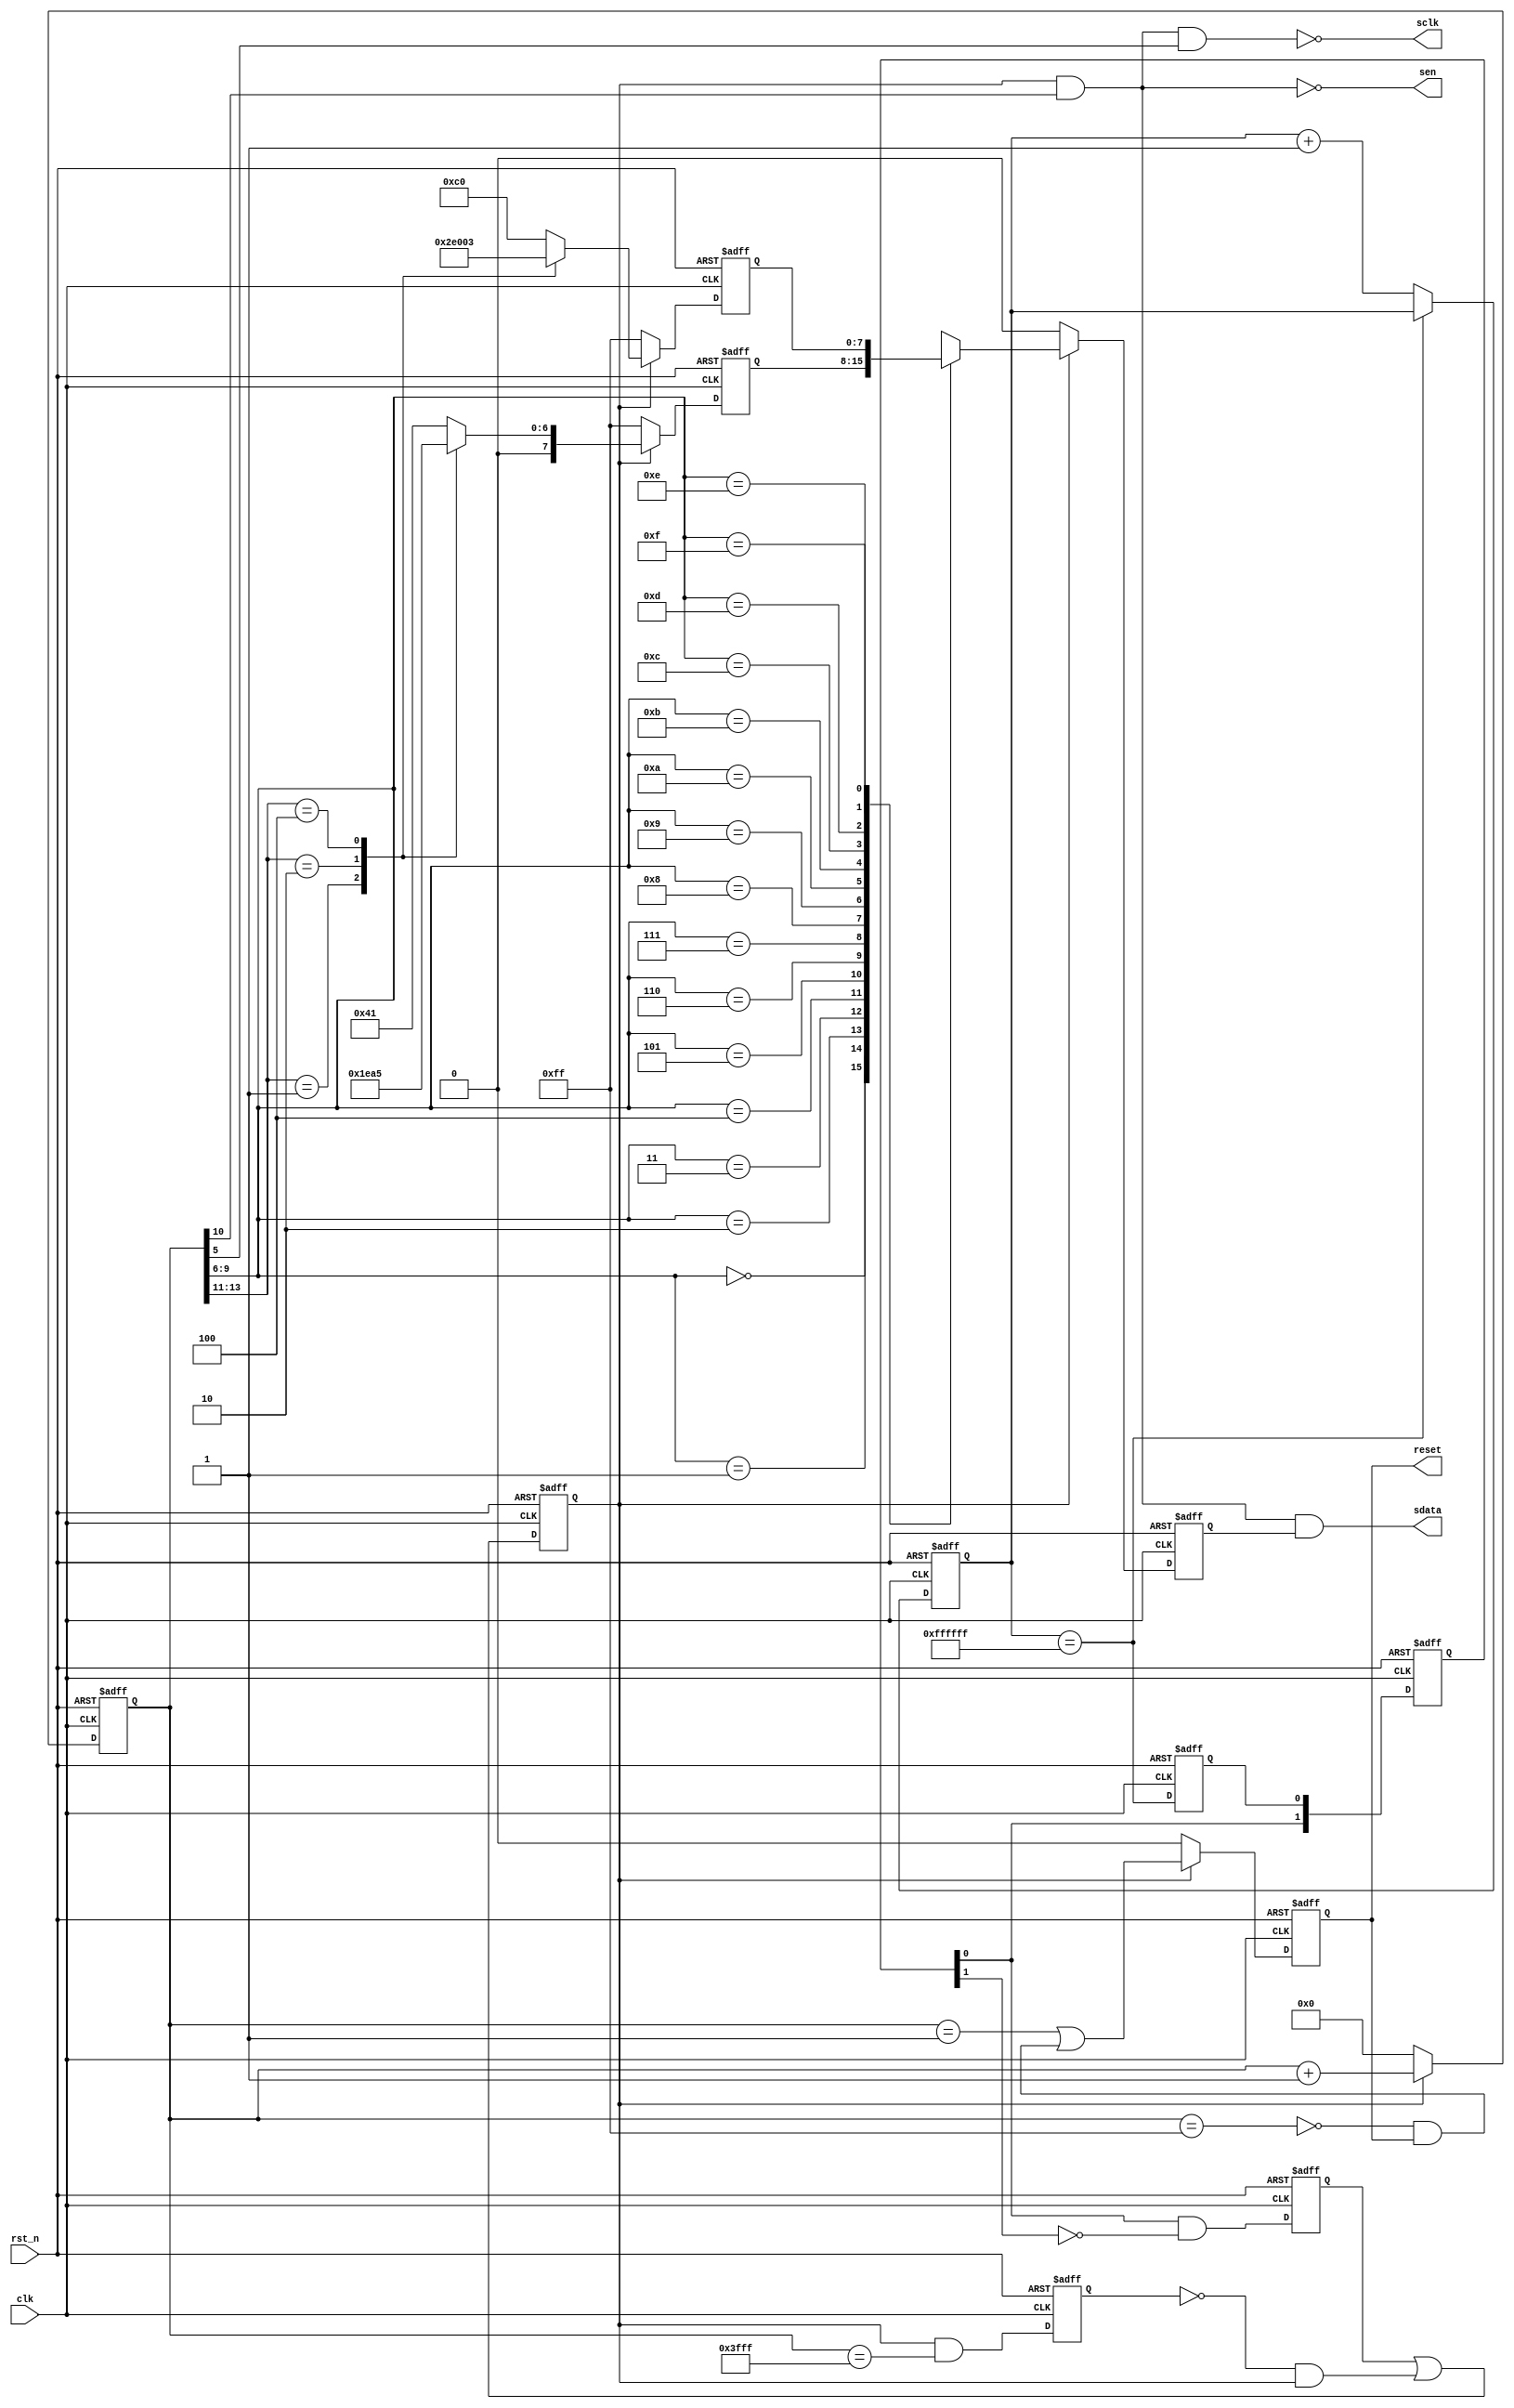
module ADC_INIT #(
  parameter p1 = 16'h00FF,
  parameter p2 = 16'h0001,
  parameter p3 = 16'h3FFF
)
(
  input  clk,
  input  rst_n,
  output sen,
  output sclk,
  output sdata,
  output reset
);

  reg [15:0] cnt;
  reg        sta;
  reg        sts;
  reg        clr;
  reg  [7:0] addr;
  reg  [7:0] data;
  reg        din;
  reg        rst_sig;
  
  wire       int_sig;
  reg [23:0] int_cnt;
  reg        int_sts;
  reg  [1:0] int_d;  
  
  // **************************************************************************************
  // Initial Set  SEQUENCE
  // **************************************************************************************

  wire int_flg = (int_cnt == 24'hFFFFFF); //167msec

  always @(negedge rst_n or posedge clk) 
  begin
    if(~rst_n) begin 
	   int_cnt <= 24'h000000;
		int_sts <=  1'b0;
		int_d   <=  2'b00;
	 end
	 else begin
	   int_sts  <= int_flg ;
		int_cnt  <= int_flg ? int_cnt : int_cnt + 1'b1;
		int_d[0] <= int_sts ;
      int_d[1] <= int_d[0];
    end
  end

  assign int_sig = int_d[0] &  ~int_d[1];

  
  // **************************************************************************************
  // DA1 HV & DISCRI Controle
  // **************************************************************************************

  wire flg  = (cnt == p3);//16'h3FFF);
  wire flg1 = (cnt == p2);//16'h0001); 
  wire flg2 = (cnt == p1);//16'h00FF); //256*50nsec = 12.8usec
  
  always @(negedge rst_n or posedge clk) 
  begin
    if(~rst_n) begin
	   sta   <=  1'b0;
      sts   <=  1'b0;
		cnt   <= 16'h0000;
		clr   <=  1'b0;
		addr  <=  8'hFF;
		data  <=  8'hFF;
		din   <=  1'b0;
		rst_sig <=  1'b0;
    end 
	 else begin
	   sta <= int_sig;
		sts <= sta | (~clr & sts);
		cnt <= sts ? cnt + 1'b1 : 16'h0000;
		clr <= (sts & flg);
      if(sts) begin
        case(cnt[13:11])
			  3'b001 : begin
							 addr <= 8'h00;
							 data <= 8'b00000010;
						  end
			  3'b010 : begin
							 addr <= 8'h3D;
							 data <= 8'b11100000;
						  end
			  3'b011 : begin
							 addr <= 8'h41;
							 data <= 8'b11000000;
						  end
			  3'b100 : begin
							 addr <= 8'h25;
							 data <= 8'b00000011;
						  end
			  default : begin
							 addr <= 8'h41;
							 data <= 8'b11000000;
						  end
        endcase
        case(cnt[9:6])
			  4'h0 : din <= addr[7];
			  4'h1 : din <= addr[6];
			  4'h2 : din <= addr[5];
			  4'h3 : din <= addr[4];
			  4'h4 : din <= addr[3];
			  4'h5 : din <= addr[2];
			  4'h6 : din <= addr[1];
			  4'h7 : din <= addr[0];
			  4'h8 : din <= data[7];
			  4'h9 : din <= data[6];
			  4'hA : din <= data[5];
			  4'hB : din <= data[4];
			  4'hC : din <= data[3];
			  4'hD : din <= data[2];
			  4'hE : din <= data[1];
			  4'hF : din <= data[0];
			  default : begin end
        endcase
		  rst_sig <= flg1 | (~flg2 & rst_sig);
      end
      else begin
		  addr <= 8'hFF;
		  data <= 8'hFF;
        din <= 1'b0;
		  rst_sig <= 1'b0;
      end
    end
  end
  
  wire drive = sts & cnt[10];
  
  assign sen   =  ~(drive);
  assign sclk  =  ~(drive & cnt[5]);
  assign sdata =    drive & din;
  assign reset =    rst_sig;
  
  
endmodule